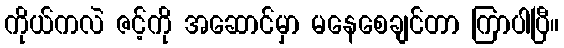
ကိုယ်ကလဲ ဇင့်ကို အဆောင်မှာ မနေစေချင်တာ ကြာပါပြီ။